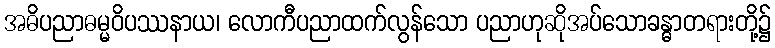
အဓိပညာဓမ္မဝိပဿနာယ၊ လောကီပညာထက်လွန်သော ပညာဟုဆိုအပ်သောခန္ဓာတရားတို့၌